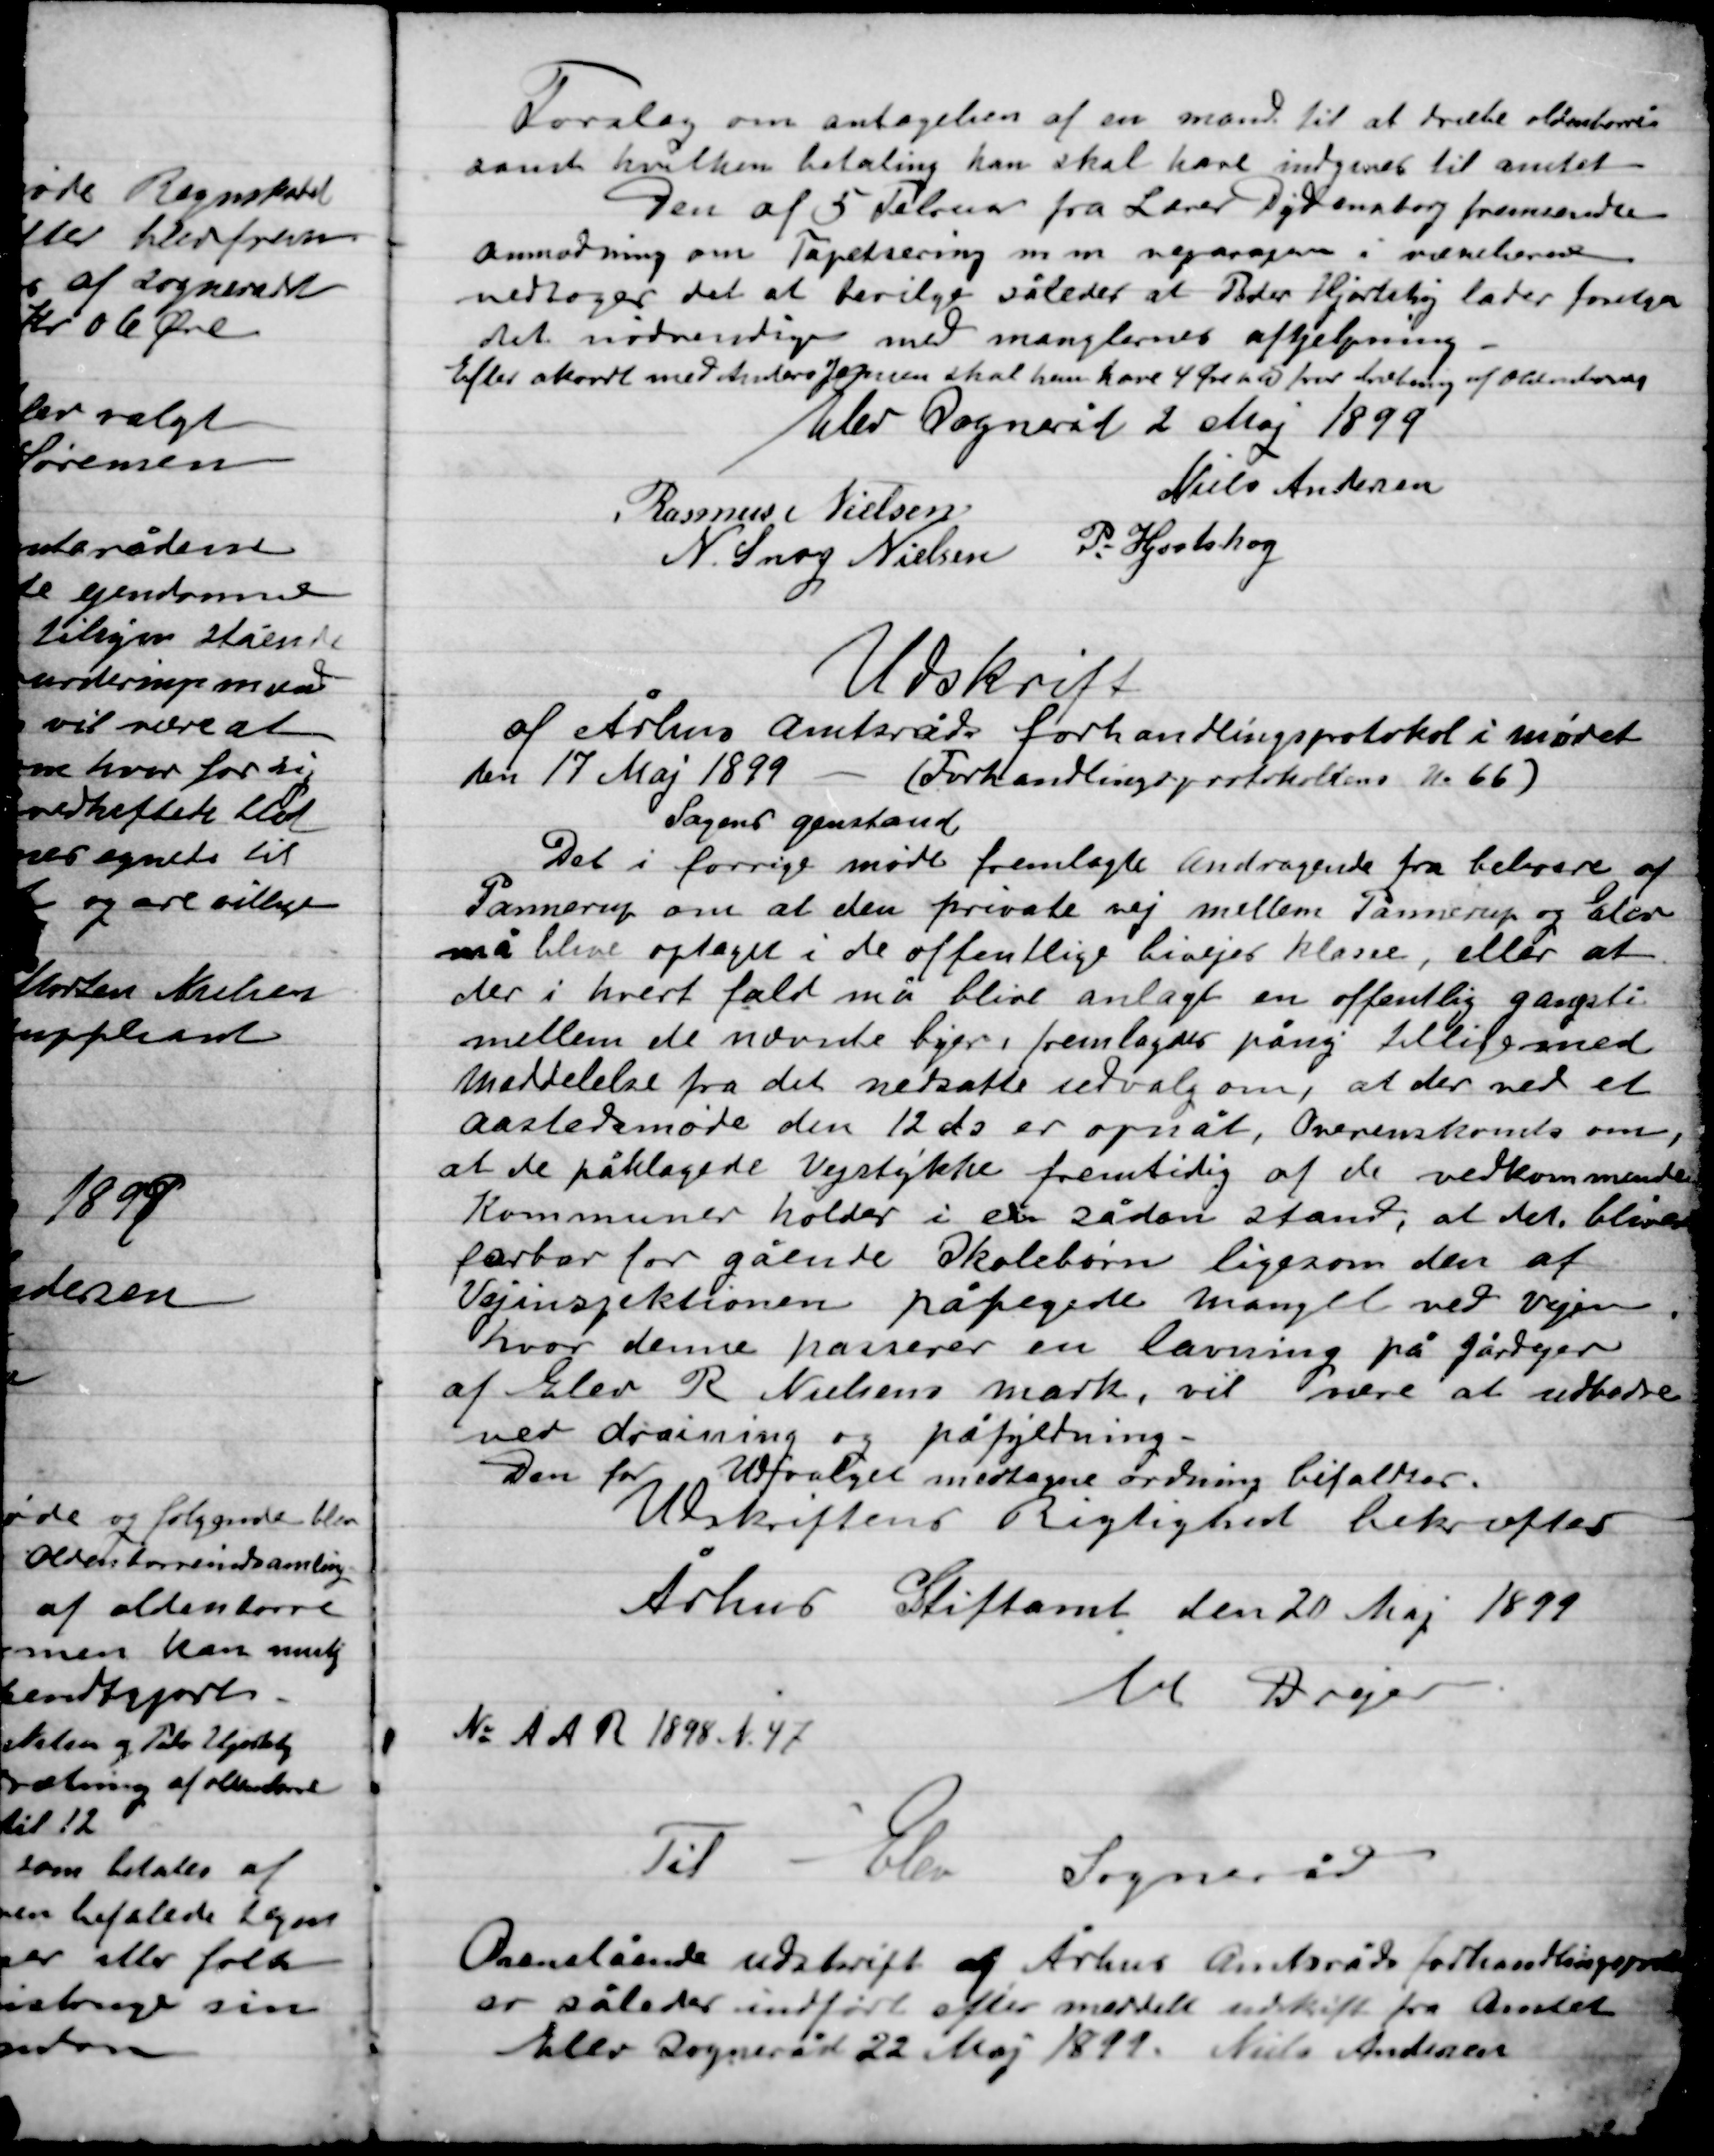
Transskription:
Forslag om antagelse af en mand til at samle Oldenborrer
samt hvilken betaling han skal have indgives til amtet
Den af 5 Februar fra Lærer Dydensborg fremsendte
Anmodning om Tapetsering m.m. reperation i værelserne
vedtoges det at bevilge således at Peder Hjortshøj lader foretage
det nødvendige med manglernes afhjælpning
Efter akort med Anders Jepsen skal han have 4 Øre pr. u. for levering af oldenborrerne

Elev Sogneråd 2 Maj 1899

Rasmus Nielsen
Niels Andersen
N. Snog Nielsen
P. Hjortshøj

Udskrift
af Århus Amtsråd forhandlingsprotokol i mødet
den 17 Maj 1899 – (Forhandlingsprotokol Nr. 66)
Sagens genstand
Det i forrige møde fremlagte andragende fra beboere af
Pannerup om at den private vej mellem Pannerup og Elev
må blive optaget i de offentlige biveje klasse, eller at
der i hvert fald må blive anlagt en offentlig gangsti
mellem de nævnte byer, fremlagdes på ny tilligemed
meddelelse fra det nedsatte udvalg om, at der med et
aastedsmøde den 12 do er opnået, overenskomst om,
at de påklagede Vejstykke fremtidig af de vedkommende
kommuner holder i en sådan stand, at det, bliver
farbar for gående Skolebørn ligesom den af
Vejinspektion påtegnede mangel ved Vejen
hvor denne passerer en lavning på Gårdejer
af Elev R. Nielsens mark, vil være at udbedre
ved dræning og påfyldning.
Den for Udførelse medtagne ordning bifaldes
Udskriftens Rigtighed bekræftes

Århus Stiftsamt den 20 Maj 1899
V. Dreyer

No. A A R 1898 N. 47
Til Elev Sogneråd
Ovenstående udskrift af Århus Amtsråd forhandlingsprotokol
er således indført efter meddelt udskrift fra Amtet
Elev Sognerådet 22 Maj 1899. Niels Andersen